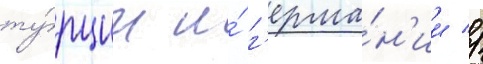
ту́рции и́ г'ерма́н'ии //